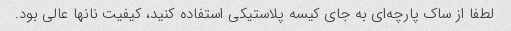
لطفا از ساک پارچه‌ای به جای کیسه پلاستیکی استفاده کنید، کیفیت نانها عالی بود.